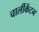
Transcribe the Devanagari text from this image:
चार्लीकेंटन